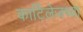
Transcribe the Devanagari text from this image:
कार्टिलेजच्या